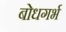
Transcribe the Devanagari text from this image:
बोधगर्भ